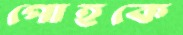
পোহকে